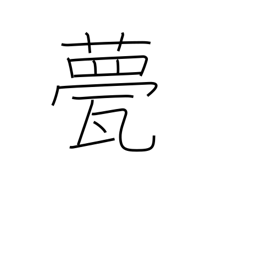
Meaning: roof tile